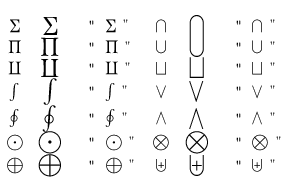
\begin{array} { c c l c c l } { \sum } & { \displaystyle \sum } & { \mathrm { ~ \verb ~ " ~ \sum ~ " ~ } } & { \bigcap } & { \displaystyle \bigcap } & { \mathrm { ~ \verb ~ " ~ \bigcap ~ " ~ } } \\ { \prod } & { \displaystyle \prod } & { \mathrm { ~ \verb ~ " ~ \prod ~ " ~ } } & { \bigcup } & { \displaystyle \bigcup } & { \mathrm { ~ \verb ~ " ~ \bigcup ~ " ~ } } \\ { \coprod } & { \displaystyle \coprod } & { \mathrm { ~ \verb ~ " ~ \coprod ~ " ~ } } & { \bigsqcup } & { \displaystyle \bigsqcup } & { \mathrm { ~ \verb ~ " ~ \bigsqcup ~ " ~ } } \\ { \int } & { \displaystyle \int } & { \mathrm { ~ \verb ~ " ~ \int ~ " ~ } } & { \bigvee } & { \displaystyle \bigvee } & { \mathrm { ~ \verb ~ " ~ \bigvee ~ " ~ } } \\ { \oint } & { \displaystyle \oint } & { \mathrm { ~ \verb ~ " ~ \oint ~ " ~ } } & { \bigwedge } & { \displaystyle \bigwedge } & { \mathrm { ~ \verb ~ " ~ \bigwedge ~ " ~ } } \\ { \bigodot } & { \displaystyle \bigodot } & { \mathrm { ~ \verb ~ " ~ \bigodot ~ " ~ } } & { \bigotimes } & { \displaystyle \bigotimes } & { \mathrm { ~ \verb ~ " ~ \bigotimes ~ " ~ } } \\ { \bigoplus } & { \displaystyle \bigoplus } & { \mathrm { ~ \verb ~ " ~ \bigoplus ~ " ~ } } & { \biguplus } & { \displaystyle \biguplus } & { \mathrm { ~ \verb ~ " ~ \biguplus ~ " ~ } } \end{array}